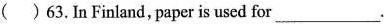
( )63.In Finland, paper is used for___.